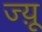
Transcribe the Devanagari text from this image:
ज्य़ू